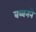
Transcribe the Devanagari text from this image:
बब्बनने